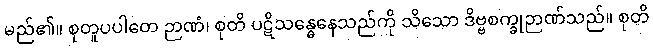
မည်၏။ စုတူပပါတေ ဉာဏံ၊ စုတိ ပဋိသန္ဓေနေသည်ကို သိသော ဒိဗ္ဗစက္ခုဉာဏ်သည်။ စုတိ